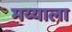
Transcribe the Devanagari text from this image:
मय्याला